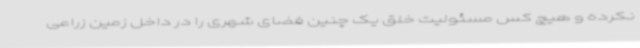
نکرده و هیچ کس مسئولیت خلق یک چنین فضای شهری را در داخل زمین زراعی